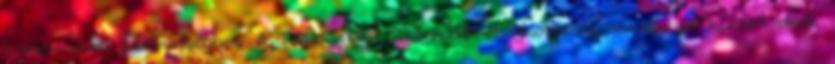
konzorciumi partnerségben. A Támogatási Szerződés megkötésére vonatkozó kizáró okok